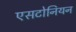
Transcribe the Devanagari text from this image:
एसटोनियन